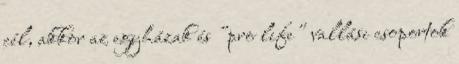
cél, akkor az egyházak és "pro life" vallási csoportok